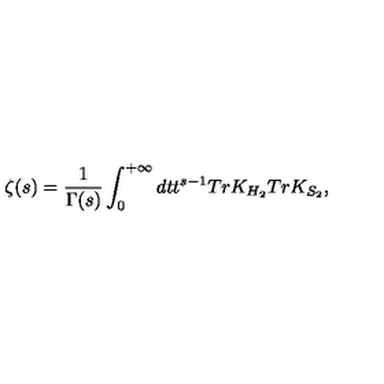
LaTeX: \zeta ( s ) = { \frac { 1 } { \Gamma ( s ) } } \int _ { 0 } ^ { + \infty } d t t ^ { s - 1 } T r K _ { H _ { 2 } } T r K _ { S _ { 2 } } ,